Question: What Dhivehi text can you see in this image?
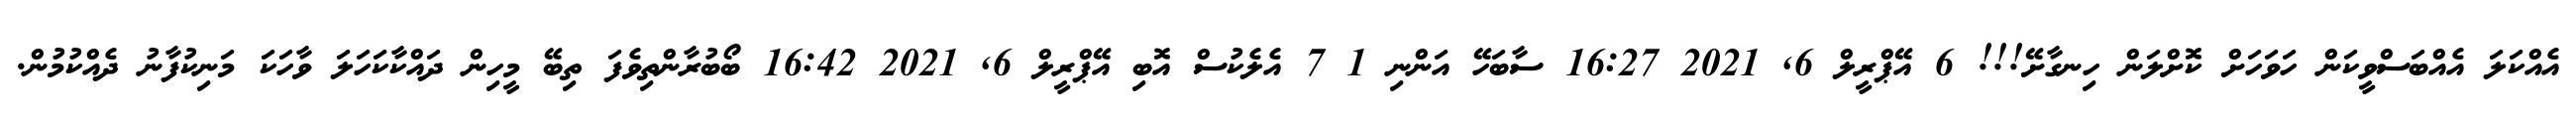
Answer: އެއްކަލަ އެއްބަސްވީކަން ހަވަހަށް ކޮށްލަން ހިނގާށޭ!!! 6 އޭޕްރީލް 6, 2021 16:27 ސާބަހޭ އަންނި 1 7 އެލެކުސް އޮބި އޭޕްރީލް 6, 2021 16:42 ބޯބުރާންތިވެފަ ތިބޭ މީހިން ދައްކާކަހަލަ ވާހަކަ މަނިކުފާނު ދެއްކުމުން.